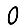
Digit: 0